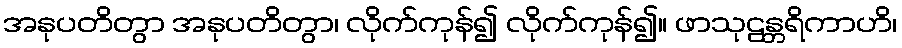
အနုပတိတွာ အနုပတိတွာ၊ လိုက်ကုန်၍ လိုက်ကုန်၍။ ဖာသုဠန္တရိကာဟိ၊